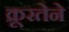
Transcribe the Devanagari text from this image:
क्रूरतेने